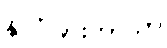
နိုင်ငံခြားဘာသာ